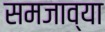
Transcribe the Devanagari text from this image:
समजाव्या